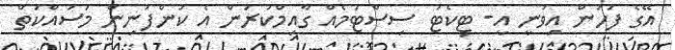
އޭގެ ފަހުން އިވުނީ އީ- ޓިކެޓު ސިސްޓަމެއް ގާއިމްކުރަން އެ ކުންފުނިން މަސައްކަތް